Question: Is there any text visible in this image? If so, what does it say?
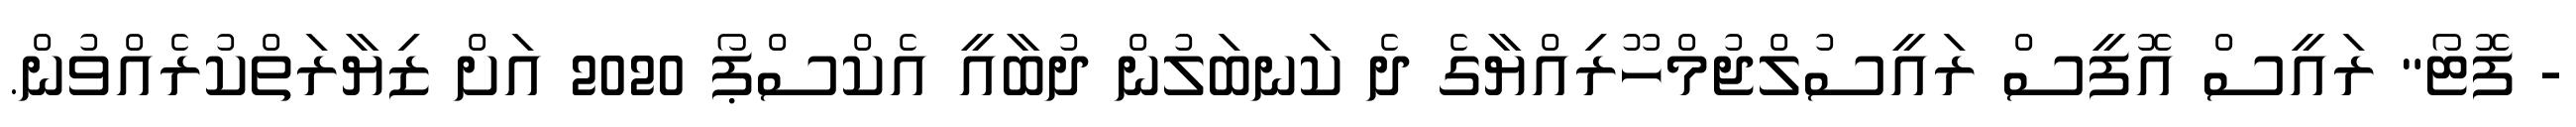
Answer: - ފޮޓޯ" ރައީސް އޮފީސް ރައީސުލްޖުމްހޫރިއްޔާގެ ދެ ކަނބަލުން ދުބާއީ އެކްސްޕޯ 2020 އަށް ޒިޔާރަތްކުރެއްވުން.